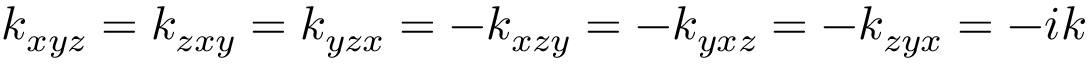
k _ { x y z } = k _ { z x y } = k _ { y z x } = - k _ { x z y } = - k _ { y x z } = - k _ { z y x } = - i k